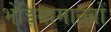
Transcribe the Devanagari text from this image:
भेड़ियामानवों